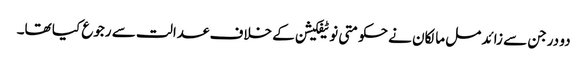
دو درجن سے زائد مل مالکان نے حکومتی نوٹیفکیشن کے خلاف عدالت سے رجوع کیا تھا۔